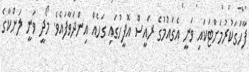
ފާހަގަކުރުމަށްޓަކައި ވަނީ އެގައުމުގެ ރައީސް އޮފީހުގައި ގަހެއް އިންދަވާފައެވެ. މޯދީ ވަނީ ލަންކާގެ